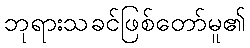
ဘုရားသခင်ဖြစ်တော်မူ၏